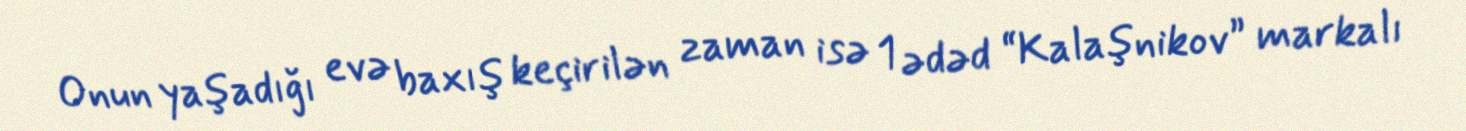
Onun yaşadığı evə baxış keçirilən zaman isə 1 ədəd “Kalaşnikov” markalı